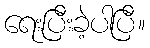
ရေးပြီးခဲ့ပါပြီ။